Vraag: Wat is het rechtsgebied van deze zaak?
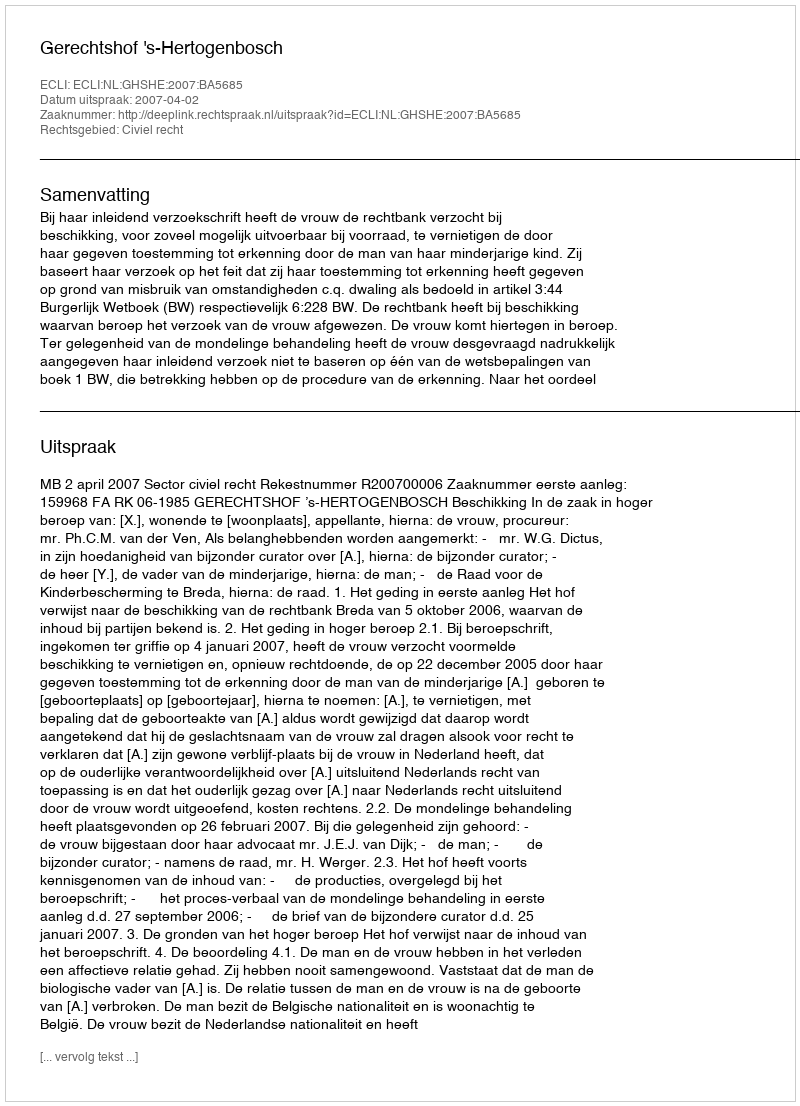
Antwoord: Civiel recht